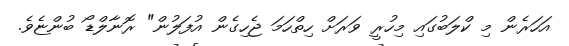
އަހަރެން މި ކްލަބުގައި މިހުރީ ވަރަށް ހިތްހަމަ ޖެހިގެން އުފަލުން" ރޮނާލްޑޯ ބުންޏެވެ.